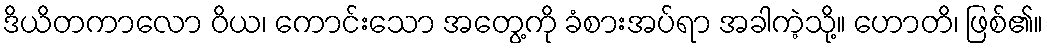
ဒိယိတကာလော ဝိယ၊ ကောင်းသော အတွေ့ကို ခံစားအပ်ရာ အခါကဲ့သို့။ ဟောတိ၊ ဖြစ်၏။